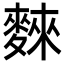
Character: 麳